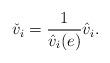
LaTeX: \begin{align*}\check v_i = \frac{1}{\hat v_i(e)} \hat v_i.\end{align*}